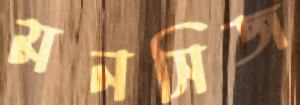
মনসিজ